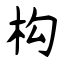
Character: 构